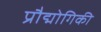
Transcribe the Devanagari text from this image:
प्रौद्मोगिकी